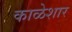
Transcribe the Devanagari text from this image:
काळेशार